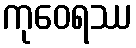
ကုဝေရဿ